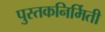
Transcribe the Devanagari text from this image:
पुस्तकनिर्मिती